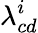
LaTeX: \lambda_{cd}^{i}